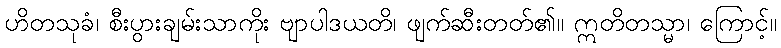
ဟိတသုခံ၊ စီးပွားချမ်းသာကိုး ဗျာပါဒယတိ၊ ဖျက်ဆီးတတ်၏။ ဣတိတသ္မာ၊ ကြောင့်။